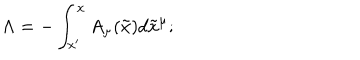
\Lambda = - \int _ { x ^ { \prime } } ^ { x } A _ { \mu } ( \tilde { x } ) d \tilde { x } ^ { \mu } ;